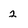
Character: 2